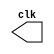
// ------------------------- 
// Clock
// Nome: Oswaldo Oliveira Paulino 
// ------------------------- 

module clock(clk);
	output clk;
	reg clk;
	
	initial begin
		clk = 1'b0;
	end
	
	always
		begin
			#5 clk = ~clk;
		end
endmodule